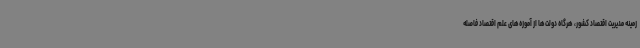
زمینه مدیریت اقتصاد کشور، هرگاه دولت‌ها از آموزه‌های علم اقتصاد فاصله